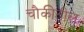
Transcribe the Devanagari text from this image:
चौकीतील